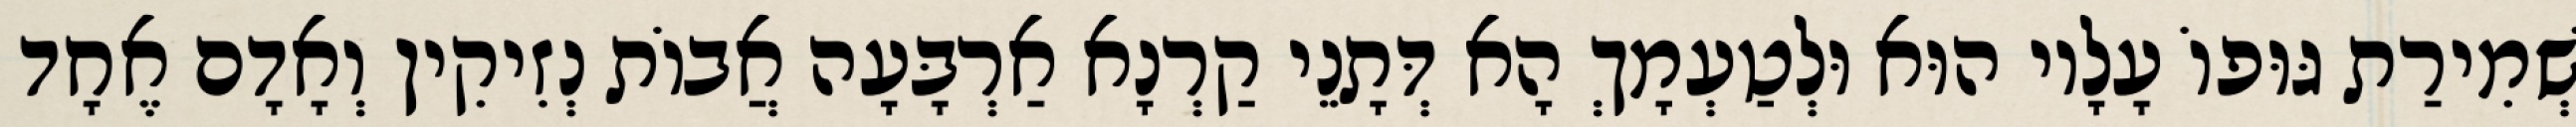
שְׁמִירַת גּוּפוֹ עָלָיו הוּא וּלְטַעְמָךְ הָא דְּתָנֵי קַרְנָא אַרְבָּעָה אֲבוֹת נְזִיקִין וְאָדָם אֶחָד